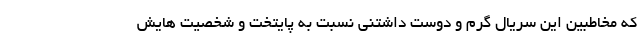
که مخاطبین این سریال گرم و دوست داشتنی نسبت به پایتخت و شخصیت هایش